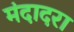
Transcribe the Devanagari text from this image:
मंदादरा